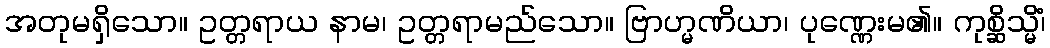
အတုမရှိသော။ ဥတ္တရာယ နာမ၊ ဥတ္တရာမည်သော။ ဗြာဟ္မဏိယာ၊ ပုဏ္ဏေးမ၏။ ကုစ္ဆိသ္မိံ၊